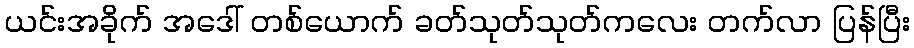
ယင်းအခိုက် အဒေါ် တစ်ယောက် ခတ်သုတ်သုတ်ကလေး တက်လာ ပြန်ပြီး